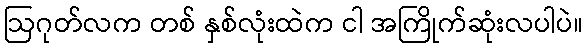
ဩဂုတ်လက တစ် နှစ်လုံးထဲက ငါ အကြိုက်ဆုံးလပါပဲ။